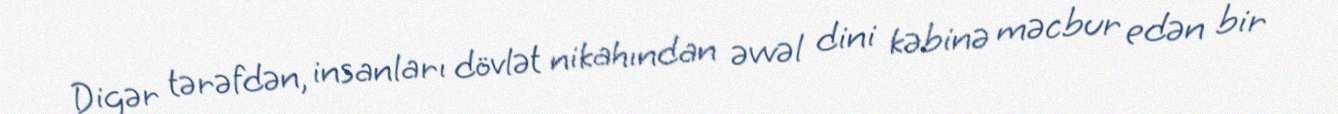
Digər tərəfdən, insanları dövlət nikahından əvvəl dini kəbinə məcbur edən bir